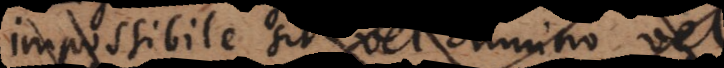
impossibile sit, sive omnino, sive